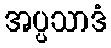
အပ္ပသာဒံ